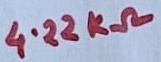
Text: 4.22KΩ